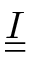
\underline { { \underline { { I } } } }